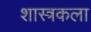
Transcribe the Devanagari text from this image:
शास्त्रकला